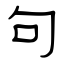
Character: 句